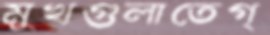
মুখগুলাতেগ্